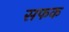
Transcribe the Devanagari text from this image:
सफक